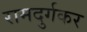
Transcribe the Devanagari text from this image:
रामदुर्गकर